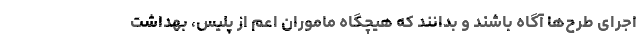
اجرای طرح‌ها آگاه باشند و بدانند که هیچگاه ماموران اعم از پلیس، بهداشت